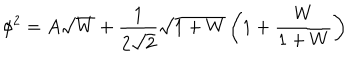
\phi ^ { 2 } = A \sqrt { W } + \frac { 1 } { 2 \sqrt { 2 } } \sqrt { 1 + W } \left( 1 + \frac { W } { 1 + W } \right)